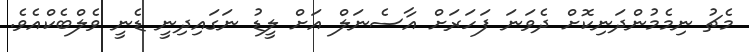
މެޗު ނިމެމުންދަނިކޮށް ދެވަނަ ފަހަރަށް އާސެނަލް އަށް ލީޑު ނަގައިދިނީ ޑެނީ ވެލްބެކްއެވެ.